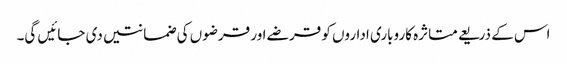
اس کے ذریعے متاثرہ کاروباری اداروں کو قرضے اور قرضوں کی ضمانتیں دی جائیں گی۔